Scottish Certificate of Education, 1963
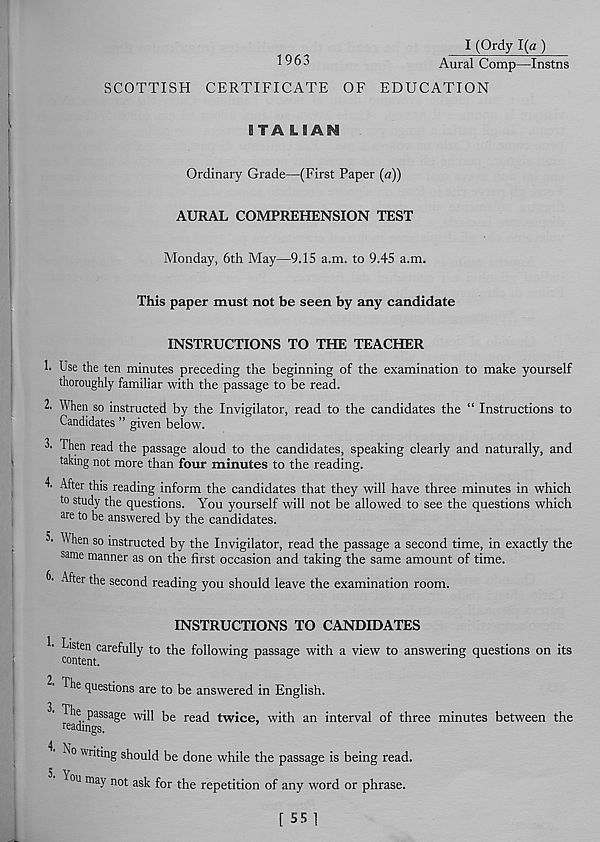
I (Qrdy I(a )
^ 9 6 3
Aural Comp—Instns
SCOTTISH CERTIFICATE OF EDUCATION
I TA LIAS*
Ordinary Grade—(First Paper (a))
AURAL COMPREHENSION TEST
Monday, 6th May—9.15 a.m. to 9.45 a.m.
This paper must not be seen by any candidate
INSTRUCTIONS TO THE TEACHER
!■ Use the ten minutes preceding the beginning of the examination to make yourself
thoroughly familiar with the passage to be read.
2. When so instructed by the Invigilator, read to the candidates the “ Instructions to
Candidates ” given below.
3. Then read the passage aloud to the candidates, speaking clearly and naturally, and
taking not more than four minutes to the reading.
I' After this reading inform the candidates that they will have three minutes in which
to study the questions. You yourself will not be allowed to see the questions which
are to be answered by the candidates.
S' When so instructed by the Invigilator, read the passage a second time, in exactly the
same manner as on the first occasion and taking the same amount of time.
*>• After the second reading you should leave the examination room.
INSTRUCTIONS TO CANDIDATES
‘
care fully to the following passage with a view to answering questions on its
The questions are to be answered in English.
3
e passage will be read twice, with an interval of three minutes between the
readings.
N * 0 w ntmg should be done while the passage is being read.
^°u may not ask for the repetition of any word or phrase.
[ 55 1